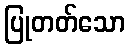
ပြုတတ်သော